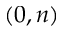
( 0 , n )